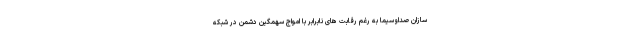
سازان صداوسیما به رغم رقابت های نابرابر با امواج سهمگین دشمن در شبکه